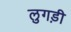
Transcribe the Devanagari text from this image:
लुगड़ी